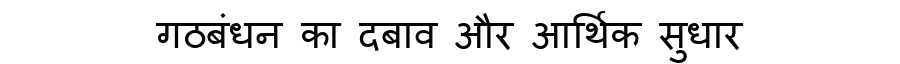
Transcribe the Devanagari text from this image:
गठबंधन का दबाव और आर्थिक सुधार